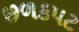
છળકપટ